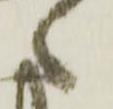
々